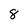
Character: 8